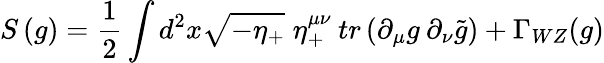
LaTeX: S\, (g)={\frac{1}{2}}\int d^{2}x\sqrt{-\eta_{+}}\; \eta_{+}^{\mu\nu}\: tr\left(\partial_{\mu}g\: \partial_{\nu}\tilde{g}\right)+\Gamma_{WZ}(g)